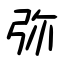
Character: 弥